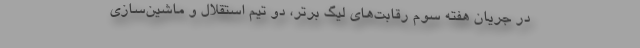
در جریان هفته سوم رقابت‌های لیگ برتر، دو تیم استقلال و ماشین‌سازی